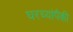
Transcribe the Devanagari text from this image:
घरच्यांपैकी